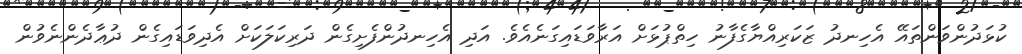
ކުޅަދުންވަންތައޭ އެހިނދު ޒަކަރިއްޔާގެފާނު ހިތްޕުޅަށް އަރާވަޑައިގަނެއެވެ. އަދި އެހިނދުންފެށިގެން ދަރިކަލަކަށް އެދިވަޑައިގެން ދުޢާދެންނެވުން